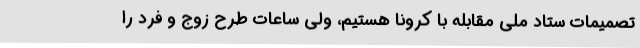
تصمیمات ستاد ملی مقابله با کرونا هستیم، ولی ساعات طرح زوج و فرد را